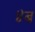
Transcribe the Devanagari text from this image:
४ब